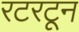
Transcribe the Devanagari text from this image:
रटरटून